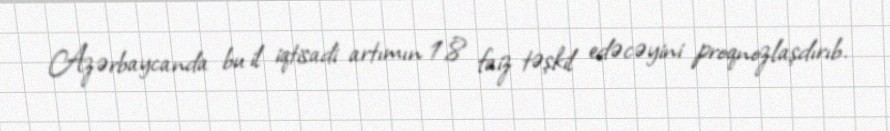
Azərbaycanda bu il iqtisadi artımın 1,8 faiz təşkil edəcəyini proqnozlaşdırıb.